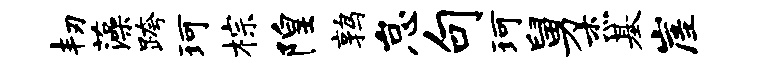
韧藻跨珂棕隍鹑怠句珂舅杰基崖